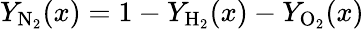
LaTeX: Y_{\mathrm{N}_{2}}(x)=1-Y_{\mathrm{H}_{2}}(x)-Y_{\mathrm{O}_{2}}(x)